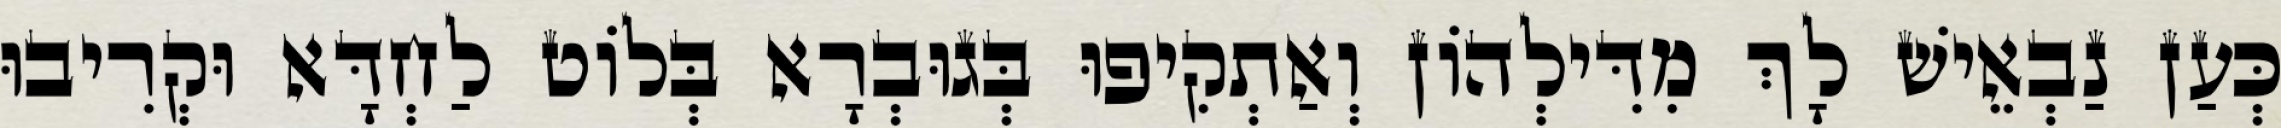
כְּעַן נַבְאֵישׁ לָךְ מִדִּילְהוֹן וְאַתְקִיפוּ בְּגוּבְרָא בְּלוֹט לַחְדָּא וּקְרִיבוּ